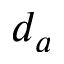
d _ { a }